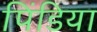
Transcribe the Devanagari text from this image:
पिंडिया